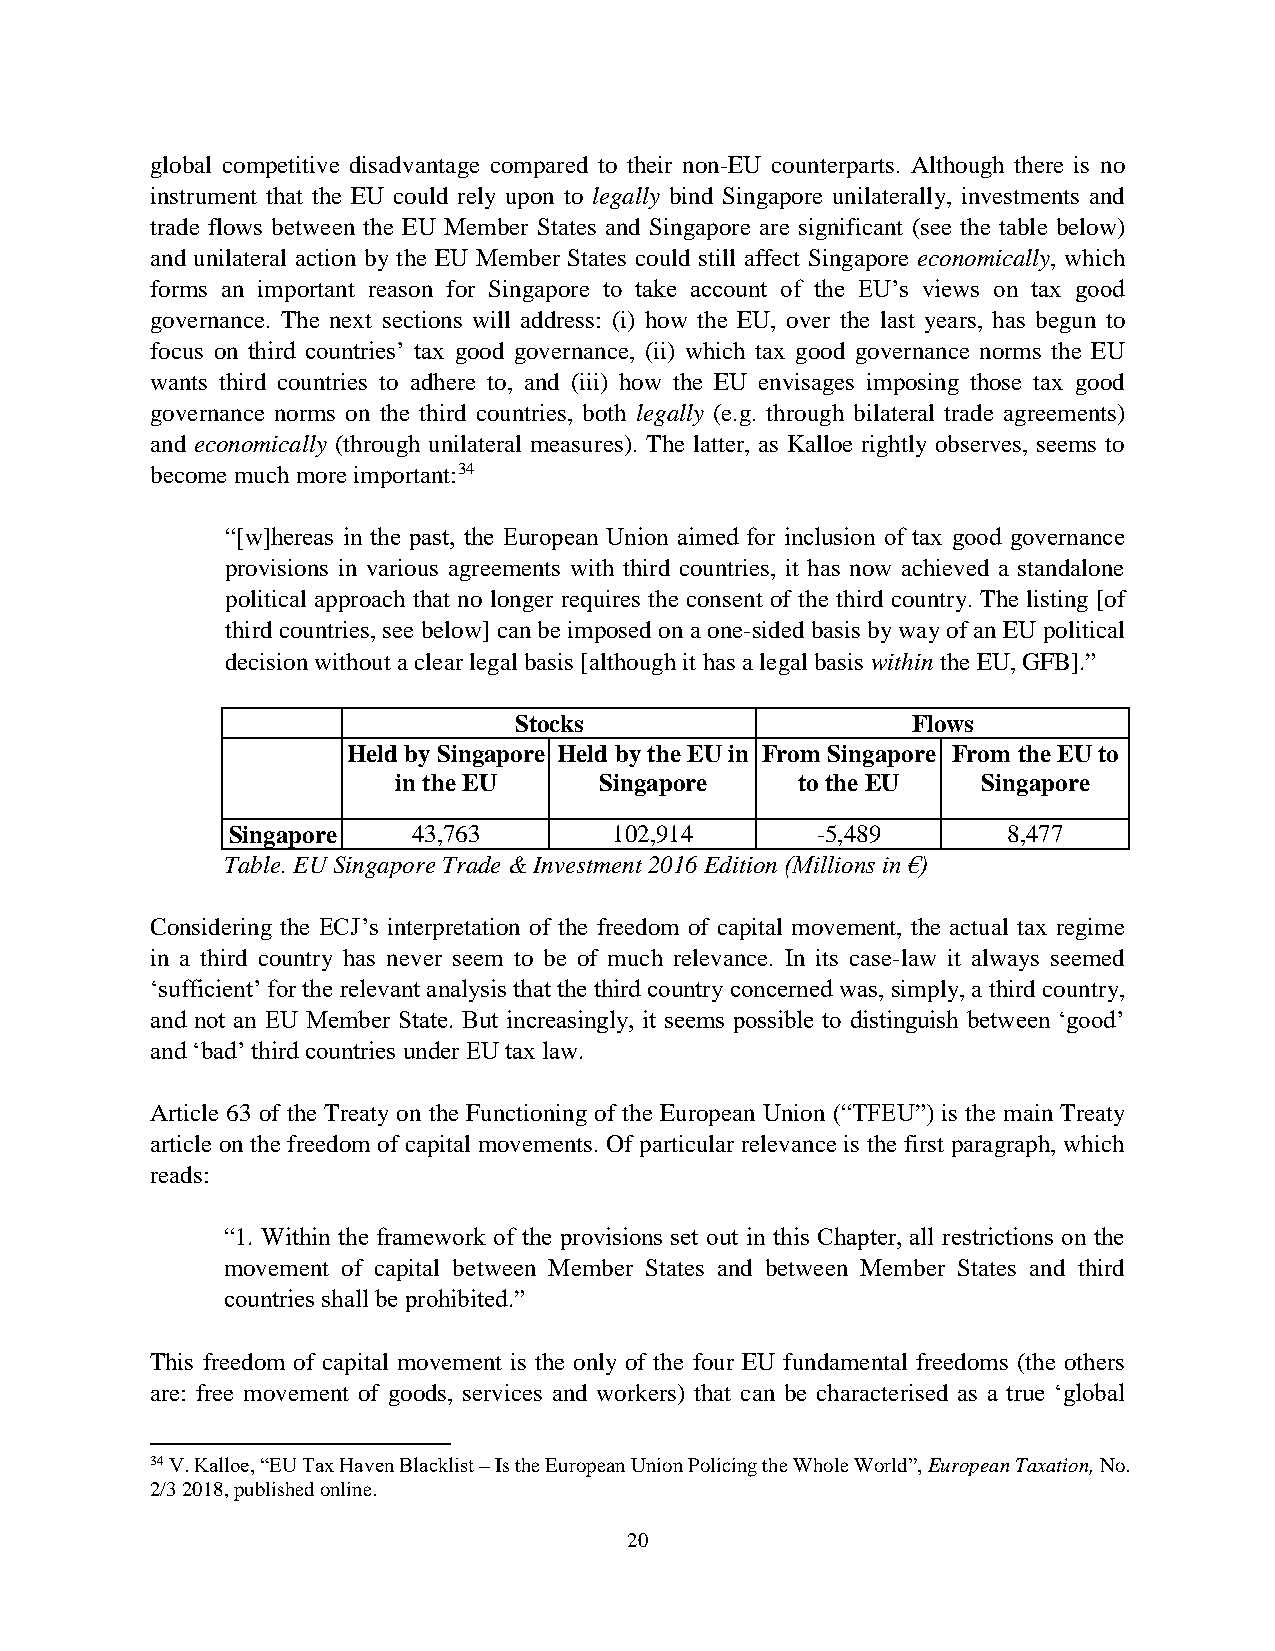
global competitive disadvantage compared to their non-EU counterparts. Although there is no
 instrument that the EU could rely upon to legally bind Singapore unilaterally, investments and
 trade flows between the EU Member States and Singapore are significant (see the table below)
 and unilateral action by the EU Member States could still affect Singapore economically, which
 forms an important reason for Singapore to take account of the EU’s views on tax good
 governance. The next sections will address: (i) how the EU, over the last years, has begun to
 focus on third countries’ tax good governance, (ii) which tax good governance norms the EU
 wants third countries to adhere to, and (iii) how the EU envisages imposing those tax good
 governance norms on the third countries, both legally (e.g. through bilateral trade agreements)
 and economically (through unilateral measures). The latter, as Kalloe rightly observes, seems to
 become much more important:34
 “[w]hereas in the past, the European Union aimed for inclusion of tax good governance
 provisions in various agreements with third countries, it has now achieved a standalone
 political approach that no longer requires the consent of the third country. The listing [of
 third countries, see below] can be imposed on a one-sided basis by way of an EU political
 decision without a clear legal basis [although it has a legal basis within the EU, GFB].”
 Stocks                    Flows
 Held by Singapore Held by the EU in From Singapore From the EU to
 in the EU     Singapore    to the EU   Singapore
 Singapore   43,763        102,914      -5,489       8,477
 Table. EU Singapore Trade & Investment 2016 Edition (Millions in €)
 Considering the ECJ’s interpretation of the freedom of capital movement, the actual tax regime
 in a third country has never seem to be of much relevance. In its case-law it always seemed
 ‘sufficient’ for the relevant analysis that the third country concerned was, simply, a third country,
 and not an EU Member State. But increasingly, it seems possible to distinguish between ‘good’
 and ‘bad’ third countries under EU tax law.
 Article 63 of the Treaty on the Functioning of the European Union (“TFEU”) is the main Treaty
 article on the freedom of capital movements. Of particular relevance is the first paragraph, which
 reads:
 “1. Within the framework of the provisions set out in this Chapter, all restrictions on the
 movement of capital between Member States and between Member States and third
 countries shall be prohibited.”
 This freedom of capital movement is the only of the four EU fundamental freedoms (the others
 are: free movement of goods, services and workers) that can be characterised as a true ‘global
 34 V. Kalloe, “EU Tax Haven Blacklist – Is the European Union Policing the Whole World”, European Taxation, No.
 2/3 2018, published online.
 20